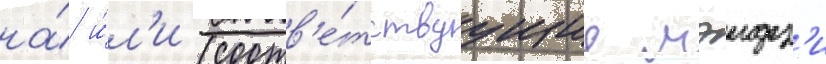
на́ и́л'и (соотв'е́тствуущие мэидз'и